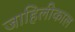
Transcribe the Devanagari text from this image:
जाहिलीकाल